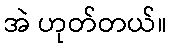
အဲ ဟုတ်တယ်။